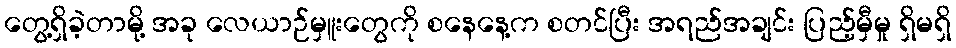
တွေ့ရှိခဲ့တာမို့ အခု လေယာဉ်မှူးတွေကို စနေနေ့က စတင်ပြီး အရည်အချင်း ပြည့်မှီမှု ရှိမရှိ